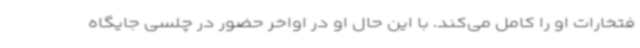
فتخارات او را کامل می‌کند. با این حال او در اواخر حضور در چلسی جایگاه